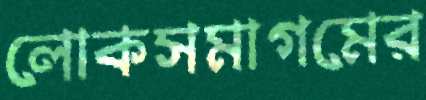
লোকসমাগমের